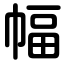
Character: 幅